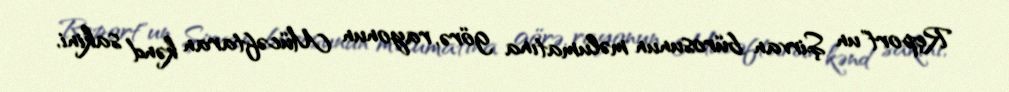
Report"un Şirvan bürosunun məlumatına görə, rayonun Mücəftaran kənd sakini,